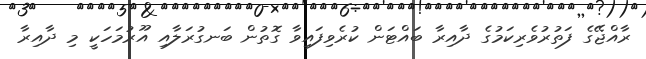
ރާއްޖޭގެ ފަތުރުވެރިކަމުގެ ދާއިރާ ބައްޓަން ކުރެވިފައިވާ ގޮތުން ބަނގުރަލާއި އޫރުމަހަކީ މި ދާއިރާ